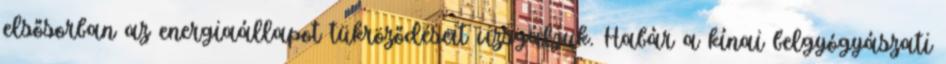
elsősorban az energiaállapot tükröződéseit vizsgáljuk. Habár a kínai belgyógyászati